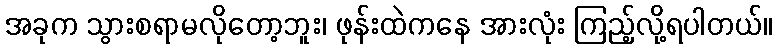
အခုက သွားစရာမလိုတော့ဘူး၊ ဖုန်းထဲကနေ အားလုံး ကြည့်လို့ရပါတယ်။